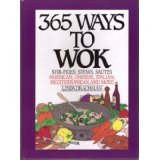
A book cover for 365 Ways to Wok; Linda Drachman; Cookbooks, Food & Wine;